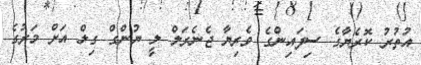
އުތުރު ކޮރެޔާގެ ސިފައިންގެ ވެރިޔާ ޖެނެރަލް ލީ ޔުންގް ގިލް އަށް މަރުގެ